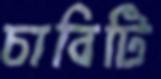
চাবিটি